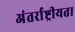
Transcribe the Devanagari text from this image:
अंतर्राष्ट्रीयता